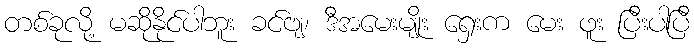
တစ်ခုလို့ မဆိုနိုင်ပါဘူး ခင်ဗျ၊ ဒီအမေးမျိုး ရှေးက မေး ဖူး ပြီးပါပြီ